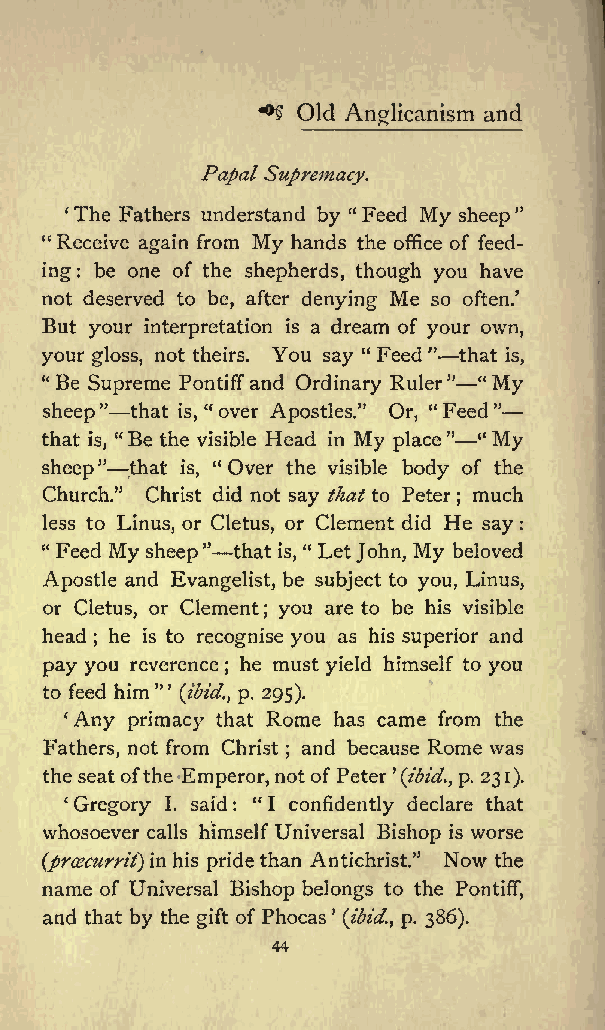
Old Anglicanism and
 *&amp;gt;?
 Papal Supremacy.
 The Fathers understand by &quot;Feed My sheep&quot;
 &quot; Receive again from My hands the office of feed
 ing: be one of the shepherds, though you have
 not deserved to be, after denying Me so often.
 But your interpretation is a dream of your own,
 your gloss, not theirs. You say &quot; Feed &quot; that is,
 &quot;Be Supreme Pontiff and Ordinary Ruler&quot; &quot;My
 sheep&quot;that is, &quot; over Apostles.&quot; Or, &quot;Feed&quot;
 that is, &quot;Be the visible Head in My place&quot; &quot; My
 sheep&quot; that is, &quot; Over the visible body of the
 Church.&quot; Christ did not say that to Peter much
 ;
 less to Linus, or Cletus, or Clement did He say :
 &quot; Feed My sheep&quot; that is, &quot; LetJohn, My beloved
 Apostle and Evangelist, be subject to you, Linus,
 or Cletus, or Clement you are to be his visible
 ;
 head he is to recognise you as his superior and
 ;
 pay you reverence he must yield himself to you
 ;
 to feed him&quot; (ibid., p. 295).
 Any primacy that Rome has came from the
 Fathers, not from Christ and because Rome was
 ;
 the seat ofthe Emperor, not of Peter \ibid., p. 231).
 Gregory I. said : &quot; I confidently declare that
 whosoever calls himself Universal Bishop is worse
 (prcecurrit)in his pride than Antichrist.&quot; Now the
 name of Universal Bishop belongs to the Pontiff,
 and that by the gift of Phocas (ibid., p. 386).
 44